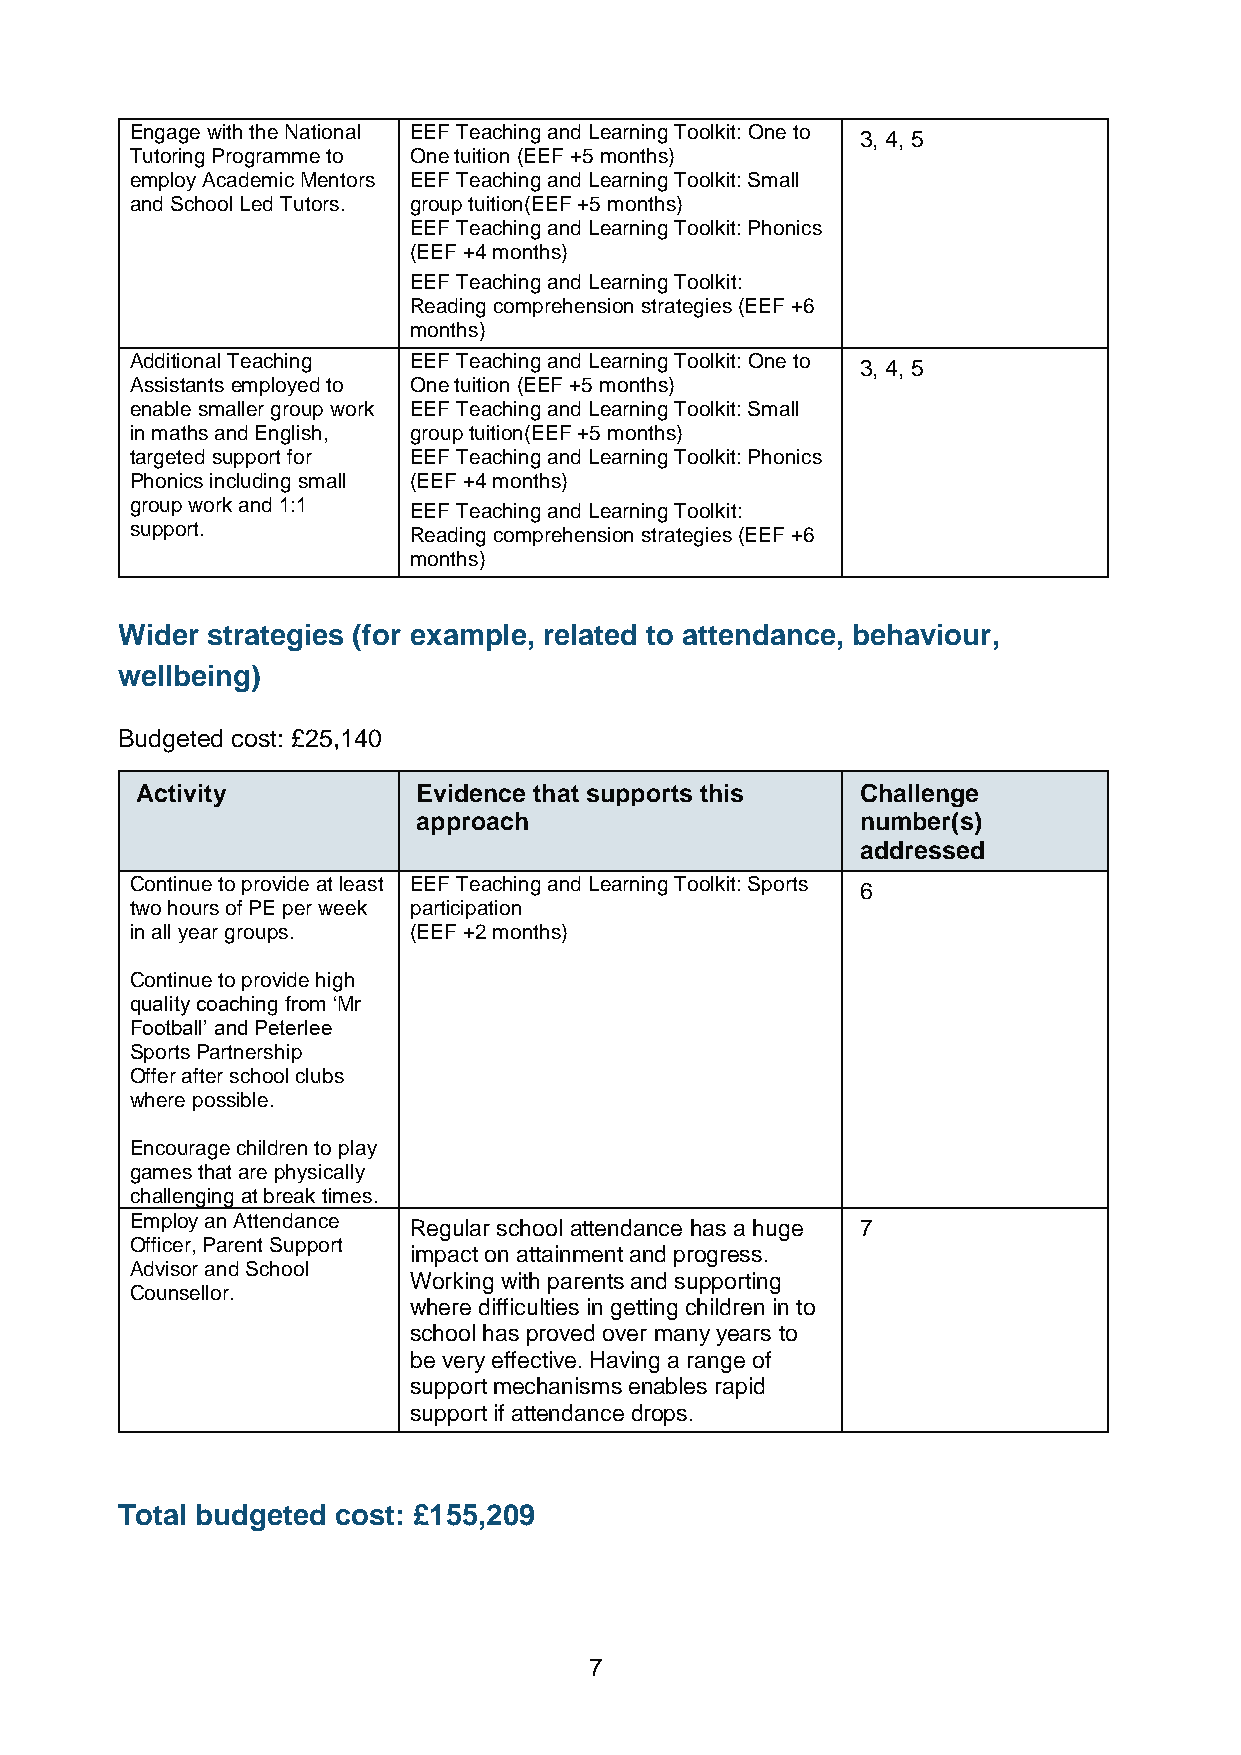
Engage with the National EEF Teaching and Learning Toolkit: One to
 3, 4, 5
 Tutoring Programme to One tuition (EEF +5 months)
 employ Academic Mentors EEF Teaching and Learning Toolkit: Small
 and School Led Tutors. group tuition(EEF +5 months)
 EEF Teaching and Learning Toolkit: Phonics
 (EEF +4 months)
 EEF Teaching and Learning Toolkit:
 Reading comprehension strategies (EEF +6
 months)
 Additional Teaching EEF Teaching and Learning Toolkit: One to
 3, 4, 5
 Assistants employed to One tuition (EEF +5 months)
 enable smaller group work EEF Teaching and Learning Toolkit: Small
 in maths and English, group tuition(EEF +5 months)
 targeted support for EEF Teaching and Learning Toolkit: Phonics
 Phonics including small (EEF +4 months)
 group work and 1:1 EEF Teaching and Learning Toolkit:
 support.          Reading comprehension strategies (EEF +6
 months)
 Wider strategies (for example, related to attendance, behaviour,
 wellbeing)
 Budgeted cost: £25,140
 Activity           Evidence that supports this  Challenge
 approach                     number(s)
 addressed
 Continue to provide at least EEF Teaching and Learning Toolkit: Sports
 6
 two hours of PE per week participation
 in all year groups. (EEF +2 months)
 Continue to provide high
 quality coaching from ‘Mr
 Football’ and Peterlee
 Sports Partnership
 Offer after school clubs
 where possible.
 Encourage children to play
 games that are physically
 challenging at break times.
 Employ an Attendance
 Regular school attendance has a huge 7
 Officer, Parent Support
 impact on attainment and progress.
 Advisor and School
 Working with parents and supporting
 Counsellor.
 where difficulties in getting children in to
 school has proved over many years to
 be very effective. Having a range of
 support mechanisms enables rapid
 support if attendance drops.
 Total budgeted cost: £155,209
 7